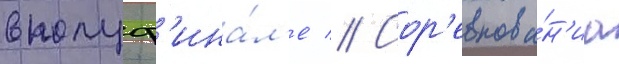
в полуф'ина́л'е // Сор'евнова́н'иа